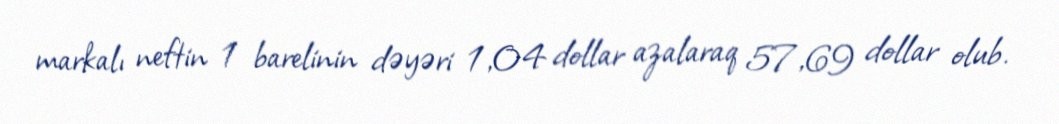
markalı neftin 1 barelinin dəyəri 1,04 dollar azalaraq 57,69 dollar olub.